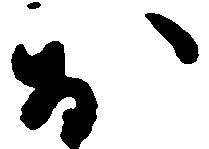
於